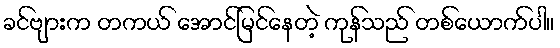
ခင်ဗျားက တကယ် အောင်မြင်နေတဲ့ ကုန်သည် တစ်ယောက်ပါ။